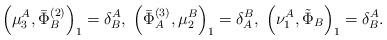
LaTeX: \begin{align*}\left( \mu _{3}^{A},\bar{\Phi}_{B}^{(2)}\right) _{1}=\delta_{B}^{A},\;\left( \bar{\Phi}_{A}^{(3)},\mu _{2}^{B}\right) _{1}=\delta_{A}^{B},\;\left( \nu _{1}^{A},\tilde{\Phi}_{B}\right) _{1}=\delta _{B}^{A}.\end{align*}